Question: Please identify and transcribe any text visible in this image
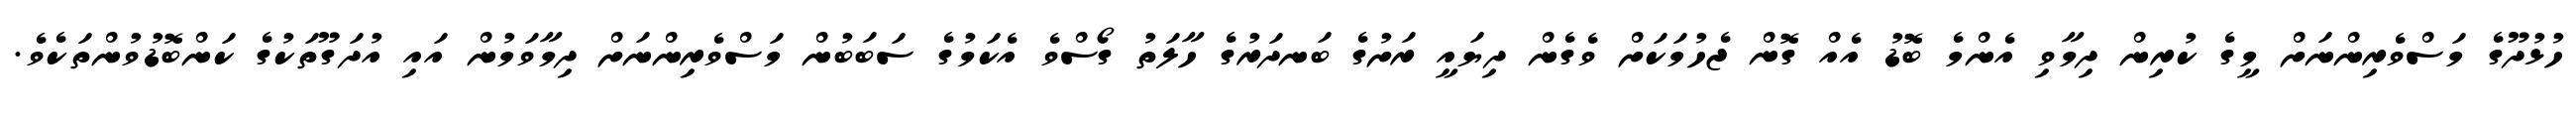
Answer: ހުޅުދޫގެ މަސްވެރިންނަށް މީގެ ކުރިން ދިމާވި އެންމެ ބޮޑު އެއް ގޮން ޖެހުމަކަށް ވެގެން ދިޔައީ ރަށުގެ ބަނދަރުގެ ހާލަތު ގޯސްވެ އެކަމުގެ ސަބަބުން މަސްވެރިންނަށް ދިމާވަމުން އައި އުދަގޫތަކުގެ ކަންބޮޑުވުންތަކެވެ.